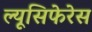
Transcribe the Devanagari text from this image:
ल्यूसिफेरेस